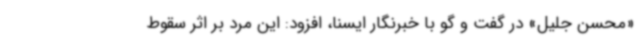
«محسن جلیل» در گفت و گو با خبرنگار ایسنا، افزود: این مرد بر اثر سقوط